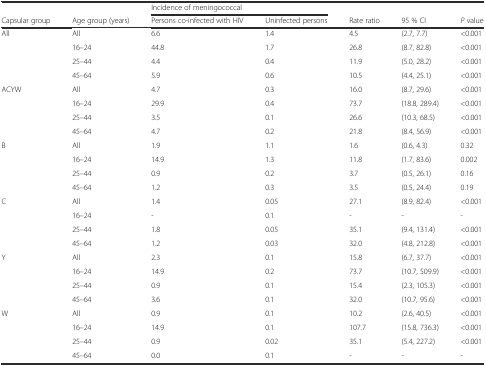
<table><thead><tr><td></td><td></td><td colspan="2"><b>Incidence of meningococcal</b></td><td></td><td></td><td></td></tr><tr><td><b>Capsular group</b></td><td><b>Age group (years)</b></td><td><b>Persons co-infected with HIV</b></td><td><b>Uninfected persons</b></td><td><b>Rate ratio</b></td><td><b>95 % CI</b></td><td><b><i>P</i> value</b></td></tr></thead><tbody><tr><td>All</td><td>All</td><td>6.6</td><td>1.4</td><td>4.5</td><td>(2.7, 7.7)</td><td>&lt;0.001</td></tr><tr><td></td><td>16–24</td><td>44.8</td><td>1.7</td><td>26.8</td><td>(8.7, 82.8)</td><td>&lt;0.001</td></tr><tr><td></td><td>25–44</td><td>4.4</td><td>0.4</td><td>11.9</td><td>(5.0, 28.2)</td><td>&lt;0.001</td></tr><tr><td></td><td>45–64</td><td>5.9</td><td>0.6</td><td>10.5</td><td>(4.4, 25.1)</td><td>&lt;0.001</td></tr><tr><td>ACYW</td><td>All</td><td>4.7</td><td>0.3</td><td>16.0</td><td>(8.7, 29.6)</td><td>&lt;0.001</td></tr><tr><td></td><td>16–24</td><td>29.9</td><td>0.4</td><td>73.7</td><td>(18.8, 289.4)</td><td>&lt;0.001</td></tr><tr><td></td><td>25–44</td><td>3.5</td><td>0.1</td><td>26.6</td><td>(10.3, 68.5)</td><td>&lt;0.001</td></tr><tr><td></td><td>45–64</td><td>4.7</td><td>0.2</td><td>21.8</td><td>(8.4, 56.9)</td><td>&lt;0.001</td></tr><tr><td>B</td><td>All</td><td>1.9</td><td>1.1</td><td>1.6</td><td>(0.6, 4.3)</td><td>0.32</td></tr><tr><td></td><td>16–24</td><td>14.9</td><td>1.3</td><td>11.8</td><td>(1.7, 83.6)</td><td>0.002</td></tr><tr><td></td><td>25–44</td><td>0.9</td><td>0.2</td><td>3.7</td><td>(0.5, 26.1)</td><td>0.16</td></tr><tr><td></td><td>45–64</td><td>1.2</td><td>0.3</td><td>3.5</td><td>(0.5, 24.4)</td><td>0.19</td></tr><tr><td>C</td><td>All</td><td>1.4</td><td>0.05</td><td>27.1</td><td>(8.9, 82.4)</td><td>&lt;0.001</td></tr><tr><td></td><td>16–24</td><td>-</td><td>0.1</td><td>-</td><td>-</td><td>-</td></tr><tr><td></td><td>25–44</td><td>1.8</td><td>0.05</td><td>35.1</td><td>(9.4, 131.4)</td><td>&lt;0.001</td></tr><tr><td></td><td>45–64</td><td>1.2</td><td>0.03</td><td>32.0</td><td>(4.8, 212.8)</td><td>&lt;0.001</td></tr><tr><td>Y</td><td>All</td><td>2.3</td><td>0.1</td><td>15.8</td><td>(6.7, 37.7)</td><td>&lt;0.001</td></tr><tr><td></td><td>16–24</td><td>14.9</td><td>0.2</td><td>73.7</td><td>(10.7, 509.9)</td><td>&lt;0.001</td></tr><tr><td></td><td>25–44</td><td>0.9</td><td>0.1</td><td>15.4</td><td>(2.3, 105.3)</td><td>&lt;0.001</td></tr><tr><td></td><td>45–64</td><td>3.6</td><td>0.1</td><td>32.0</td><td>(10.7, 95.6)</td><td>&lt;0.001</td></tr><tr><td>W</td><td>All</td><td>0.9</td><td>0.1</td><td>10.2</td><td>(2.6, 40.5)</td><td>&lt;0.001</td></tr><tr><td></td><td>16–24</td><td>14.9</td><td>0.1</td><td>107.7</td><td>(15.8, 736.3)</td><td>&lt;0.001</td></tr><tr><td></td><td>25–44</td><td>0.9</td><td>0.02</td><td>35.1</td><td>(5.4, 227.2)</td><td>&lt;0.001</td></tr><tr><td></td><td>45–64</td><td>0.0</td><td>0.1</td><td>-</td><td>-</td><td>-</td></tr></tbody></table>